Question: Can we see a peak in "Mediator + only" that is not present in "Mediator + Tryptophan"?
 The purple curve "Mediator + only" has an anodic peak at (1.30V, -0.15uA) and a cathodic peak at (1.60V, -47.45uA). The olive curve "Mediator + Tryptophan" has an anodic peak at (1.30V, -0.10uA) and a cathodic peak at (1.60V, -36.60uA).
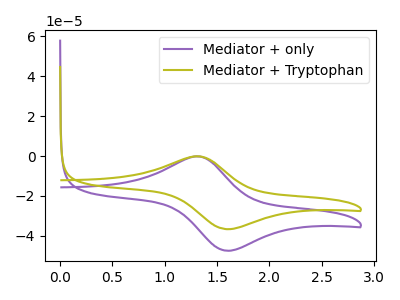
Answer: <think>All the peaks in "Mediator + only" have a peak in "Mediator + Tryptophan" at the same potential.
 </think>
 <answer>No, "Mediator + only" and "Mediator + Tryptophan" don't appear to be significantly different in shape</answer>
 <eval>no_change</eval>